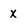
Character: x